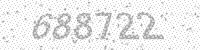
Solution: 688722